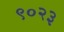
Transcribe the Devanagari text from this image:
९०२३